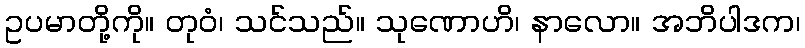
ဥပမာတို့ကို။ တုဝံ၊ သင်သည်။ သုဏောဟိ၊ နာလော။ အဘိပါဒက၊